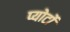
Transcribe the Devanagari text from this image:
प्योर्टो